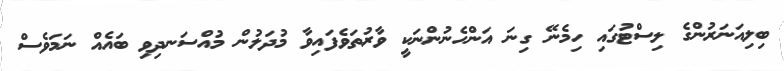
ބިލިއަނަރުންގެ ލިސްޓުގައި ހިމެނޭ ގިނަ އަންހެނުންނަކީ ވާރުތަވެފައިވާ މުދަލުން މުއްސަނދިވި ބައެއް ނަމަވެސް